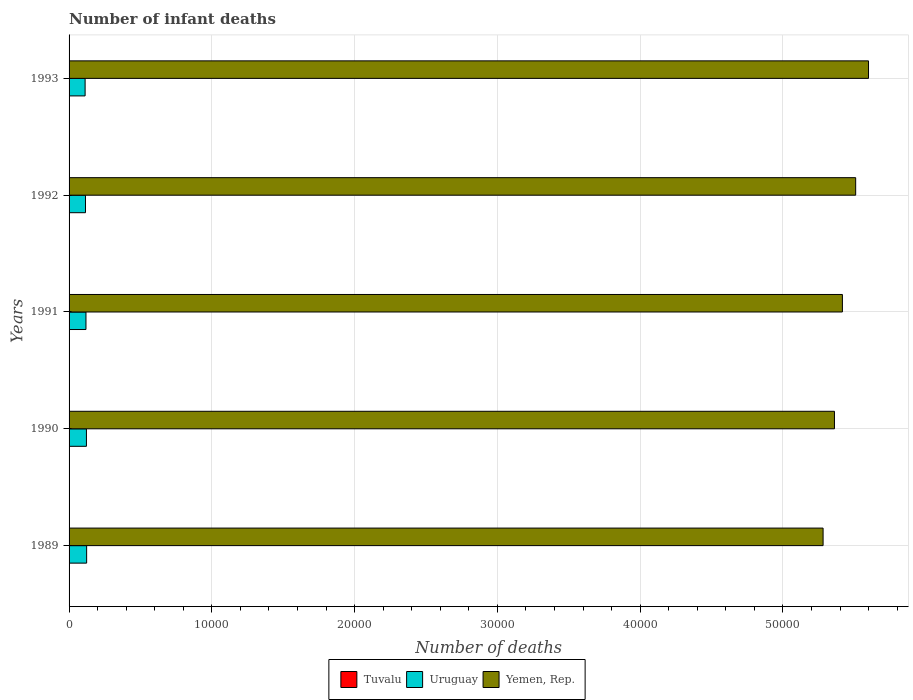
| Years | Tuvalu | Uruguay | Yemen, Rep. |
 | --- | --- | --- | --- |
 | 1989 | 12 | 1.23e+03 | 5.28e+04 |
 | 1990 | 11 | 1.22e+03 | 5.36e+04 |
 | 1991 | 11 | 1.18e+03 | 5.42e+04 |
 | 1992 | 10 | 1.15e+03 | 5.51e+04 |
 | 1993 | 10 | 1.12e+03 | 5.6e+04 |